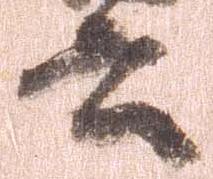
書